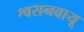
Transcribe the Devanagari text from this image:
श्वसनवायू